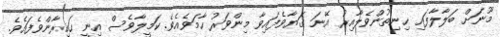
މޫނަށް ބަލާލާފައި ހިނިތުންވެލާއިރު އޭނަ ގަޔާވެފައިވާ މިންވަރު ހާމަވެއެވެ. ކަމީލާވެސް އިނީ ހައިރާންވެފައެވެ.